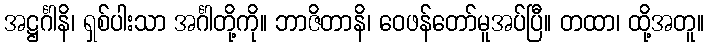
အဋ္ဌင်္ဂါနိ၊ ရှစ်ပါးသာ အင်္ဂါတို့ကို။ ဘာဇိတာနိ၊ ဝေဖန်တော်မူအပ်ပြီ။ တထာ၊ ထို့အတူ။